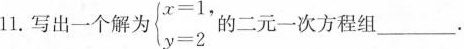
11.写出一个解为$$\begin{cases}